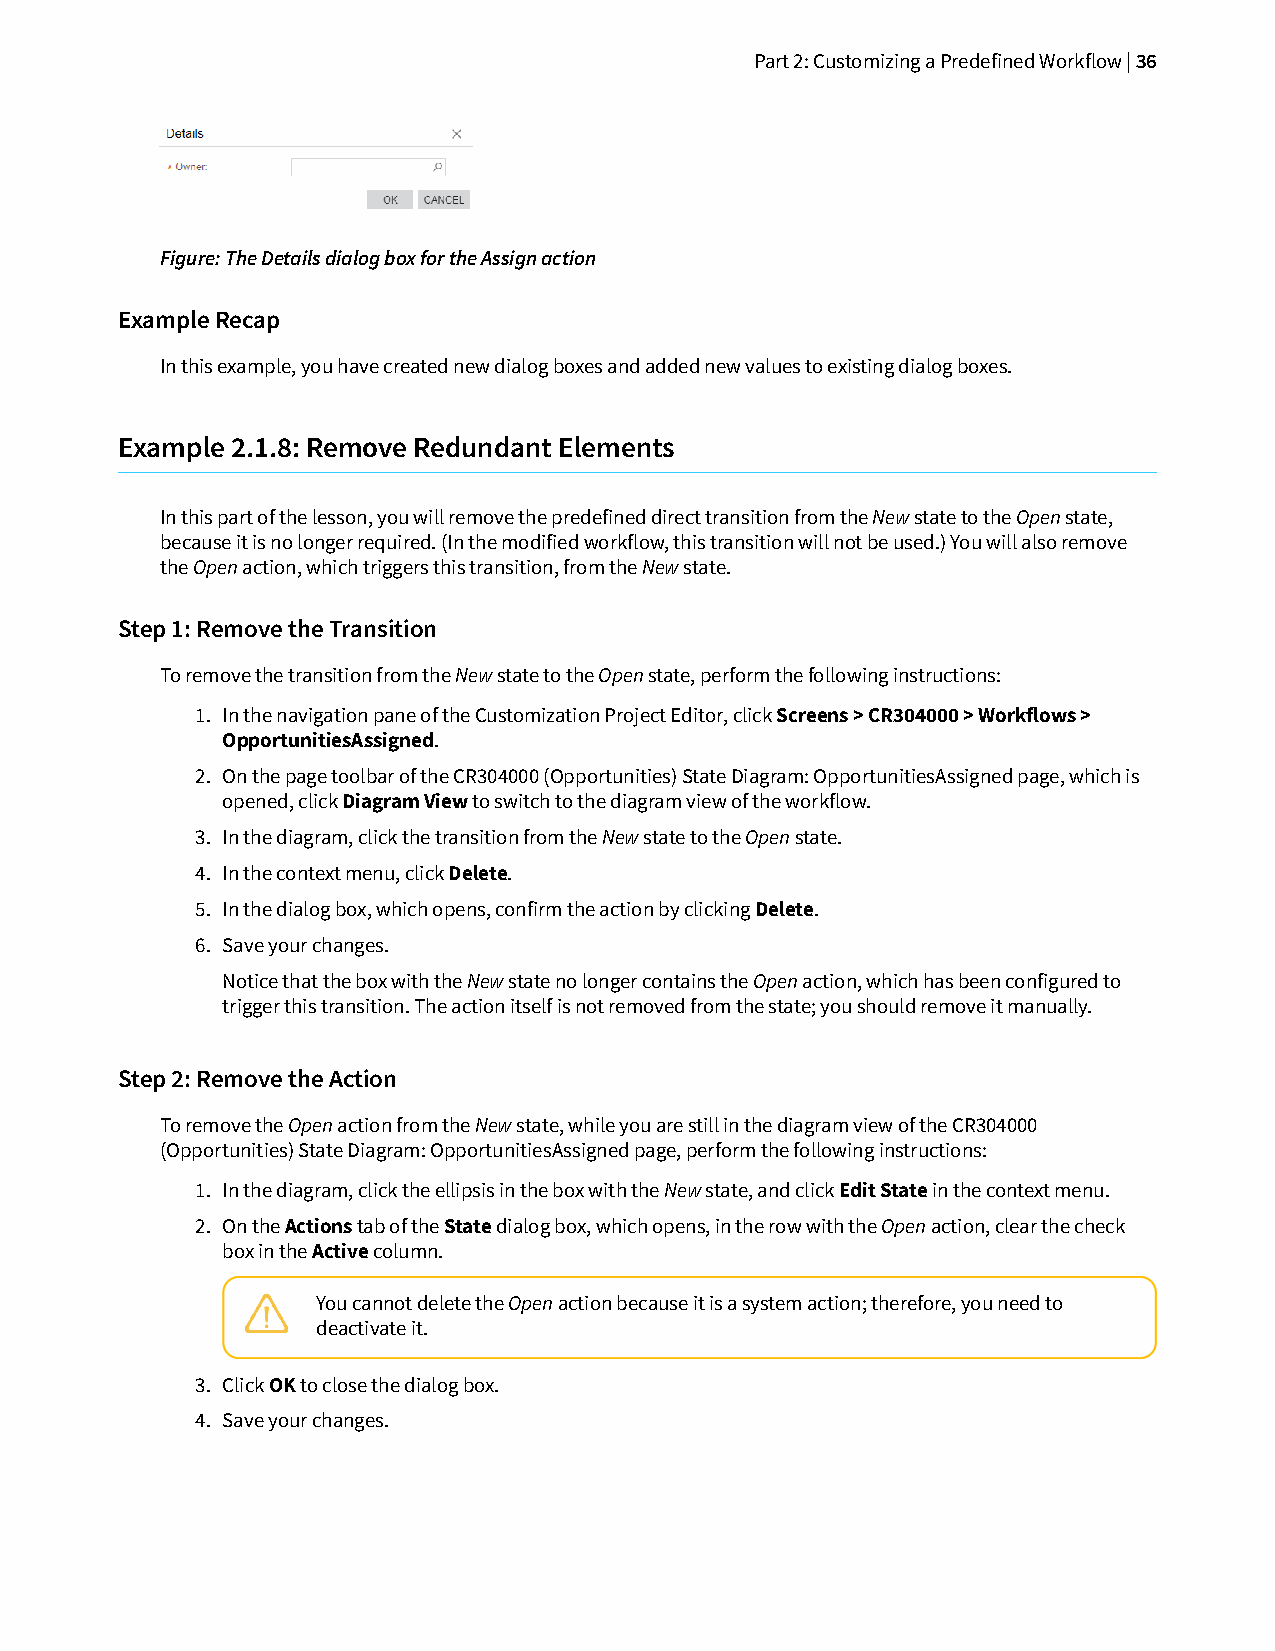
Part 2: Customizing a Predefined Workflow | 36
 Figure: The Details dialog box for the Assign action
 Example Recap
 In this example, you have created new dialog boxes and added new values to existing dialog boxes.
 Example 2.1.8: Remove Redundant Elements
 In this part of the lesson, you will remove the predefined direct transition from the New state to the Open state,
 because it is no longer required. (In the modified workflow, this transition will not be used.) You will also remove
 the Open action, which triggers this transition, from the New state.
 Step 1: Remove the Transition
 To remove the transition from the New state to the Open state, perform the following instructions:
 1. In the navigation pane of the Customization Project Editor, click Screens > CR304000 > Workflows >
 OpportunitiesAssigned.
 2. On the page toolbar of the CR304000 (Opportunities) State Diagram: OpportunitiesAssigned page, which is
 opened, click Diagram View to switch to the diagram view of the workflow.
 3. In the diagram, click the transition from the New state to the Open state.
 4. In the context menu, click Delete.
 5. In the dialog box, which opens, confirm the action by clicking Delete.
 6. Save your changes.
 Notice that the box with the New state no longer contains the Open action, which has been configured to
 trigger this transition. The action itself is not removed from the state; you should remove it manually.
 Step 2: Remove the Action
 To remove the Open action from the New state, while you are still in the diagram view of the CR304000
 (Opportunities) State Diagram: OpportunitiesAssigned page, perform the following instructions:
 1. In the diagram, click the ellipsis in the box with the New state, and click Edit State in the context menu.
 2. On the Actions tab of the State dialog box, which opens, in the row with the Open action, clear the check
 box in the Active column.
 You cannot delete the Open action because it is a system action; therefore, you need to
 deactivate it.
 3. Click OK to close the dialog box.
 4. Save your changes.